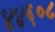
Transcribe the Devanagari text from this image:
४४६०८